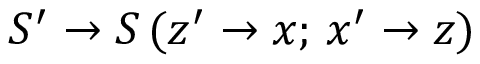
S ^ { \prime } \rightarrow S \, ( z ^ { \prime } \rightarrow x ; \, x ^ { \prime } \rightarrow z )